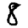
Digit: 8